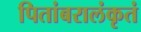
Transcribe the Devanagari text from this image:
पितांबरालंकृतं